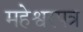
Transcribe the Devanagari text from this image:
महेश्वरपत्र